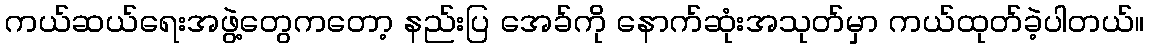
ကယ်ဆယ်ရေးအဖွဲ့တွေကတော့ နည်းပြ အေခ်ကို နောက်ဆုံးအသုတ်မှာ ကယ်ထုတ်ခဲ့ပါတယ်။